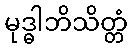
မုဒ္ဓါဘိသိတ္တံ